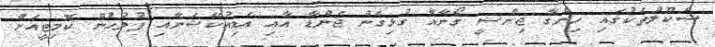
ސްކޫލްތަކުގައި ހިންގާ ޖިންސީ ގޯނާއާ ގުޅިގެން ޖެންޑާ އާއި އެޑިއުކޭޝަނާއި ފުލުހުން ކޮމިޓީއަށް